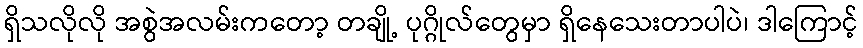
ရှိသလိုလို အစွဲအလမ်းကတော့ တချို့ ပုဂ္ဂိုလ်တွေမှာ ရှိနေသေးတာပါပဲ၊ ဒါကြောင့်